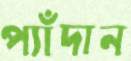
প্যাঁদান